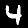
Digit: 4